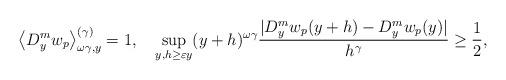
LaTeX: \begin{align*}\left\langle D_{y}^{m}w_{p}\right\rangle _{\omega\gamma,y}^{(\gamma)}=1,\quad\sup_{y,h\geq\varepsilon y}(y+h)^{\omega\gamma}\frac{|D_{y}^{m}w_{p}(y+h)-D_{y}^{m}w_{p}(y)|}{h^{\gamma}}\geq\frac{1}{2}, \end{align*}